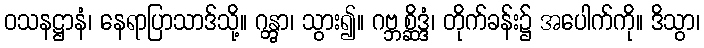
ဝသနဋ္ဌာနံ၊ နေရာပြာသာဒ်သို့။ ဂန္တွာ၊ သွား၍။ ဂဗ္ဘစ္ဆိဒ္ဒံ၊ တိုက်ခန်း၌ အပေါက်ကို။ ဒိသွာ၊